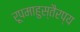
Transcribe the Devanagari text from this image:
रूपमाहुस्तैरप्य